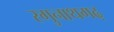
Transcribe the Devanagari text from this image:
रगुनाथगढ़